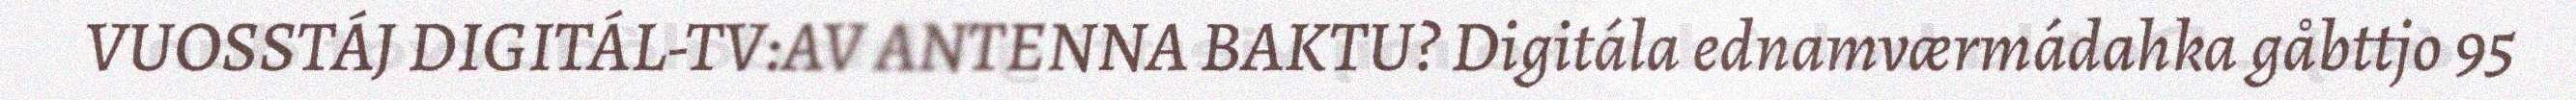
VUOSSTÁJ DIGITÁL-TV:AV ANTENNA BAKTU? Digitála ednamværmádahka gåbttjo 95